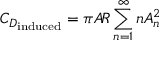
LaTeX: C _ { D _ { \mathrm { i n d u c e d } } } = \pi A \! R \sum _ { n = 1 } ^ { \infty } n A _ { n } ^ { 2 }